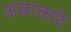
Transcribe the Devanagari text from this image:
अल्वालादे